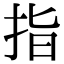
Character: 指